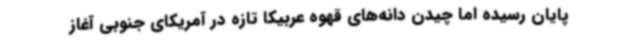
پایان رسیده اما چیدن دانه‌های قهوه عربیکا تازه در آمریکای جنوبی آغاز